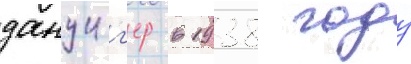
данциг'ер в 1938 году